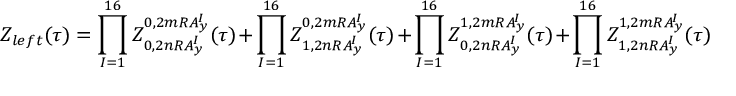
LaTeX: Z _ { l e f t } ( \tau ) = \prod _ { I = 1 } ^ { 1 6 } Z _ { 0 , 2 n R A _ { y } ^ { I } } ^ { 0 , 2 m R A _ { y } ^ { I } } ( \tau ) + \prod _ { I = 1 } ^ { 1 6 } Z _ { 1 , 2 n R A _ { y } ^ { I } } ^ { 0 , 2 m R A _ { y } ^ { I } } ( \tau ) + \prod _ { I = 1 } ^ { 1 6 } Z _ { 0 , 2 n R A _ { y } ^ { I } } ^ { 1 , 2 m R A _ { y } ^ { I } } ( \tau ) + \prod _ { I = 1 } ^ { 1 6 } Z _ { 1 , 2 n R A _ { y } ^ { I } } ^ { 1 , 2 m R A _ { y } ^ { I } } ( \tau )